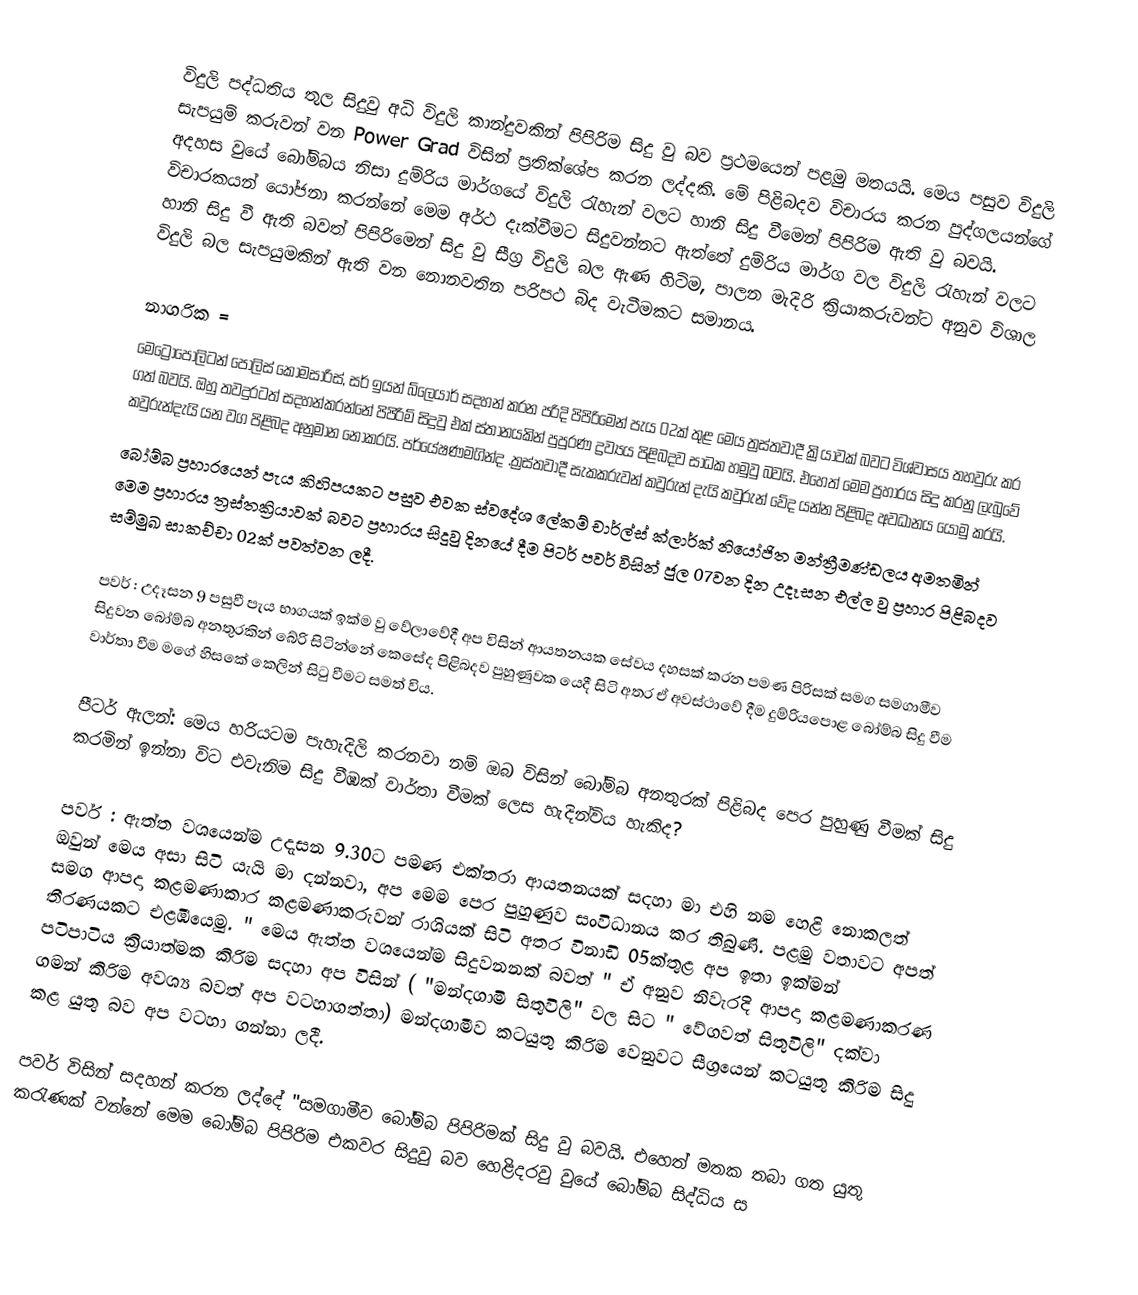
විදුලි පද්ධතිය තුල සිදුවු අධි විදුලි කාන්දුවකින් පිපිරිම සිදු වු බව ප්‍රථමයෙන් පළමු මතයයි. මෙය පසුව විදුලි සැපයුම් කරුවන් වන Power Grad විසින් ප්‍රතික්ශේප කරන ලද්දකි. මේ පිළිබදව විචාරය කරන පුද්ගලයන්ගේ අදහස වුයේ බෝම්බය නිසා දුම්රිය මාර්ගයේ විදුලි රැහැන් වලට හානි සිදු වීමෙන් පිපිරිම ඇති වු බවයි. විචාරකයන් යෝජනා කරන්නේ මෙම අර්ථ දැක්වීමට සිදුවන්නට ඇත්තේ දුම්රිය මාර්ග වල විදුලි රැහැන් වලට හානි සිදු වී ඇති බවත් පිපිරිමෙන් සිදු වු සීග්‍ර විදුලි බල ඇණ හිටිම, පාලන මැදිරි ක්‍රියාකරුවන්ට අනුව විශාල විදුලි බල සැපයුමකින් ඇති වන නොනවතින පරිපථ බිද වැටීමකට සමානය.

නාගරික =
මෙට්‍රොපොලිටන් පොලිස් කොමසාරිස්, සර් ඉයන් බ්ලෙයාර් සදහන් කරන පරිදි පිපිරිමෙන් පැය 02ක් තුළ මෙය ත්‍රස්තවාදී ක්‍රියාවක් බවට විශ්වාසය තහවුරු කර ගත් බවයි. ඔහු තවදුරටත් සදහන්කරන්නේ පිපිරිම් සිදුවු එක් ස්තානයකින් පුපුරණ ද්‍රව්‍යය පිළිබදව සාධක හමුවු බවයි. එහෙත් මෙම ප්‍රහාරය සිදු කරනු ලැබුවේ කවුරුන්දැයි යන වග පිළිබද අනුමාන නොකරයි. පර්යේෂණමගින්ද .ත්‍රස්තවාදී සැකකරුවන්  කවුරුන් දැයි කවුරුන් වේද යන්න පිළිබද අවධානය යොමු කරයි.
බෝම්බ ප්‍රහාරයෙන් පැය කිහිපයකට පසුව එවක ස්වදේශ ලේකම් චාර්ල්ස් ක්ලාර්ක් නියෝජිත මන්ත්‍රීමණ්ඩලය අමතමින් මෙම ප්‍රහාරය ත්‍රස්තක්‍රියාවක් බවට ප්‍රහාරය සිදුවු දිනයේ දීම පිටර් පවර් විසින් ජුල 07වන දින උදෑසන එල්ල වු ප්‍රහාර පිළිබදව සම්මුඛ සාකච්චා  02ක් පවත්වන ලදී.

පවර්  : 	උදෑසන 9 පසුවී පැය භාගයක් ඉක්ම වු වේලාවේදී අප විසින් ආයතනයක සේවය දහසක් කරන පමණ පිරිසක් සමග සමගාමීව සිදුවන බෝම්බ අනතුරකින් බේරි සිටින්නේ කෙසේද පිළිබදව පුහුණුවක යෙදී සිටි අතර ඒ අවස්ථාවේ දීම දුම්රියපොළ බෝම්බ සිදු වීම වාර්තා වීම මගේ හිසකේ කෙලින් සිටු වීමට සමත් විය.

පීටර් ඇලන්: 	මෙය හරියටම පැහැදිලි කරනවා නම් ඔබ විසින් බෝම්බ අනතුරක් පිළිබද පෙර පුහුණු වීමක් සිදු කරමින් ඉන්නා විට එවැනිම සිදු වීඹක් වාර්තා වීමක් ලෙස හැදින්විය හැකිද?

පවර්  :	ඇත්ත වශයෙන්ම උදැසන 9.30ට පමණ එක්තරා ආයතනයක් සදහා මා එහි නම හෙළි නොකලත් ඔවුන් මෙය අසා සිටි යැයි මා දන්නවා, අප මෙම පෙර පුහුණුව සංවිධානය කර තිබුණි. පළමු වතාවට අපත් සමග ආපදා කළමණාකාර කළමණාකරුවන් රාශියක් සිටි අතර විනාඩි 05ක්තුළ අප ඉතා ඉක්මන් තීරණයකට එළඹියෙමු. " මෙය ඇත්ත වශයෙන්ම සිදුවනනක් බවත් " ඒ අනුව නිවැරදි ආපදා කළමණාකරණ පටිපාටිය ක්‍රියාත්මක කිරිම සදහා අප විසින් ( "මන්දගාමි සිතුවිලි" වල සිට " වේගවත් සිතුවිලි" දක්වා ගමන් කිරිම අවශ්‍ය බවත් අප වටහාගත්තා)  මන්දගාමීව කටයුතු කිරිම වෙනුවට සීග්‍රයෙන් කටයුතු කිරිම සිදු කළ යුතු බව අප වටහා ගන්නා ලදී.

පවර් විසින් සදහන් කරන ලද්දේ "සමගාමීව  බෝම්බ පිපිරිමක් සිදු වු බවයි. එහෙත් මතක තබා ගත යුතු කරැණක් වන්නේ  මෙම බෝම්බ පිපිරිම  එකවර සිදුවු බව හෙළිදරවු වුයේ බෝම්බ සිද්ධිය ස